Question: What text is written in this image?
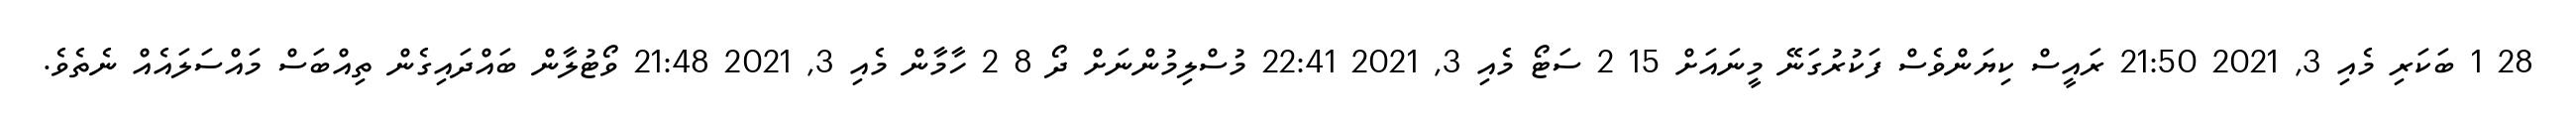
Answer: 28 1 ބަކަރި މެއި 3, 2021 21:50 ރައީސް ކިޔަންވެސް ފަކުރުގަނޭ މީނައަށް 15 2 ސަޓޯ މެއި 3, 2021 22:41 މުސްލިމުންނަށް ދޯ 8 2 ހާމާން މެއި 3, 2021 21:48 ވޯޓުލާން ބައްދައިގެން ތިއްބަސް މައްސަލައެއް ނެތެވެ.